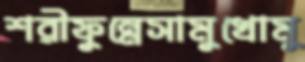
শরীফুন্নেসামুখোমু